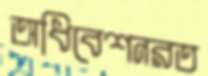
অধিবেশনরত